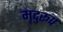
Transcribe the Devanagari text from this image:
मृदुरूप